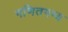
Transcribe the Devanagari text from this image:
गणितगम्य